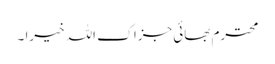
محترم بھائی جزاک اللہ خیرا ۔